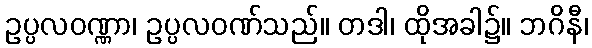
ဥပ္ပလဝဏ္ဏာ၊ ဥပ္ပလဝဏ်သည်။ တဒါ၊ ထိုအခါ၌။ ဘဂိနီ၊